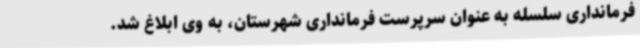
فرمانداری سلسله به عنوان سرپرست فرمانداری شهرستان، به وی ابلاغ شد.